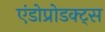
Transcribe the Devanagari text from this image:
एंडोप्रोडक्ट्स